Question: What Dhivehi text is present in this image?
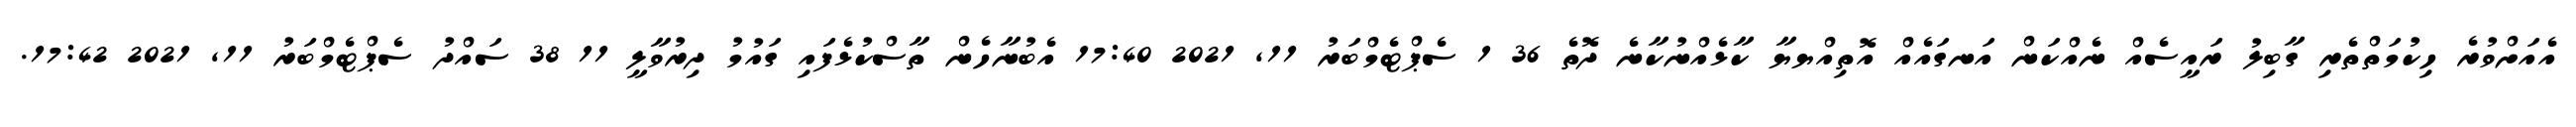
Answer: އެއަށްވުރެ ހިކުމަތްތެރި ގާބިލު ރައީސެއް ނެއްކަން އަނގައެއް އޮތިއްޔޔާ ކާޅެއްނުކާނެ ދޮތެ 36 1 ސެޕްޓެމްބަރު 11, 2021 17:40 އެބުނާހެން ތާސްކުޅެފައި ގައުމު ދިރުވާލީ 11 38 ސައްދު ސެޕްޓެމްބަރު 11, 2021 17:42.